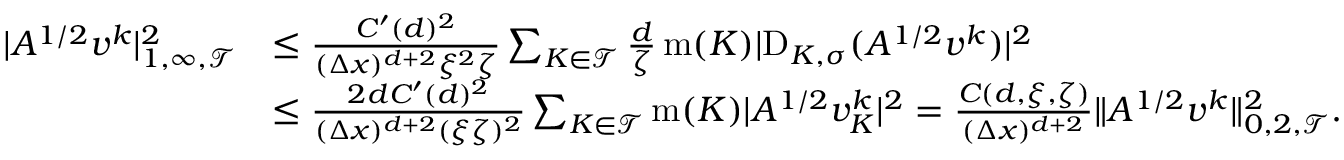
\begin{array} { r l } { | A ^ { 1 / 2 } v ^ { k } | _ { 1 , \infty , { \mathcal T } } ^ { 2 } } & { \le \frac { C ^ { \prime } ( d ) ^ { 2 } } { ( \Delta x ) ^ { d + 2 } \xi ^ { 2 } \zeta } \sum _ { K \in { \mathcal T } } \frac { d } { \zeta } \operatorname { m } ( K ) | \mathrm { D } _ { K , \sigma } ( A ^ { 1 / 2 } v ^ { k } ) | ^ { 2 } } \\ & { \le \frac { 2 d C ^ { \prime } ( d ) ^ { 2 } } { ( \Delta x ) ^ { d + 2 } ( \xi \zeta ) ^ { 2 } } \sum _ { K \in { \mathcal T } } \operatorname { m } ( K ) | A ^ { 1 / 2 } v _ { K } ^ { k } | ^ { 2 } = \frac { C ( d , \xi , \zeta ) } { ( \Delta x ) ^ { d + 2 } } \| A ^ { 1 / 2 } v ^ { k } \| _ { 0 , 2 , { \mathcal T } } ^ { 2 } . } \end{array}